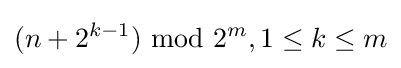
(n+2^{k-1}){\mbox{ mod }}2^{m},1\leq k\leq m